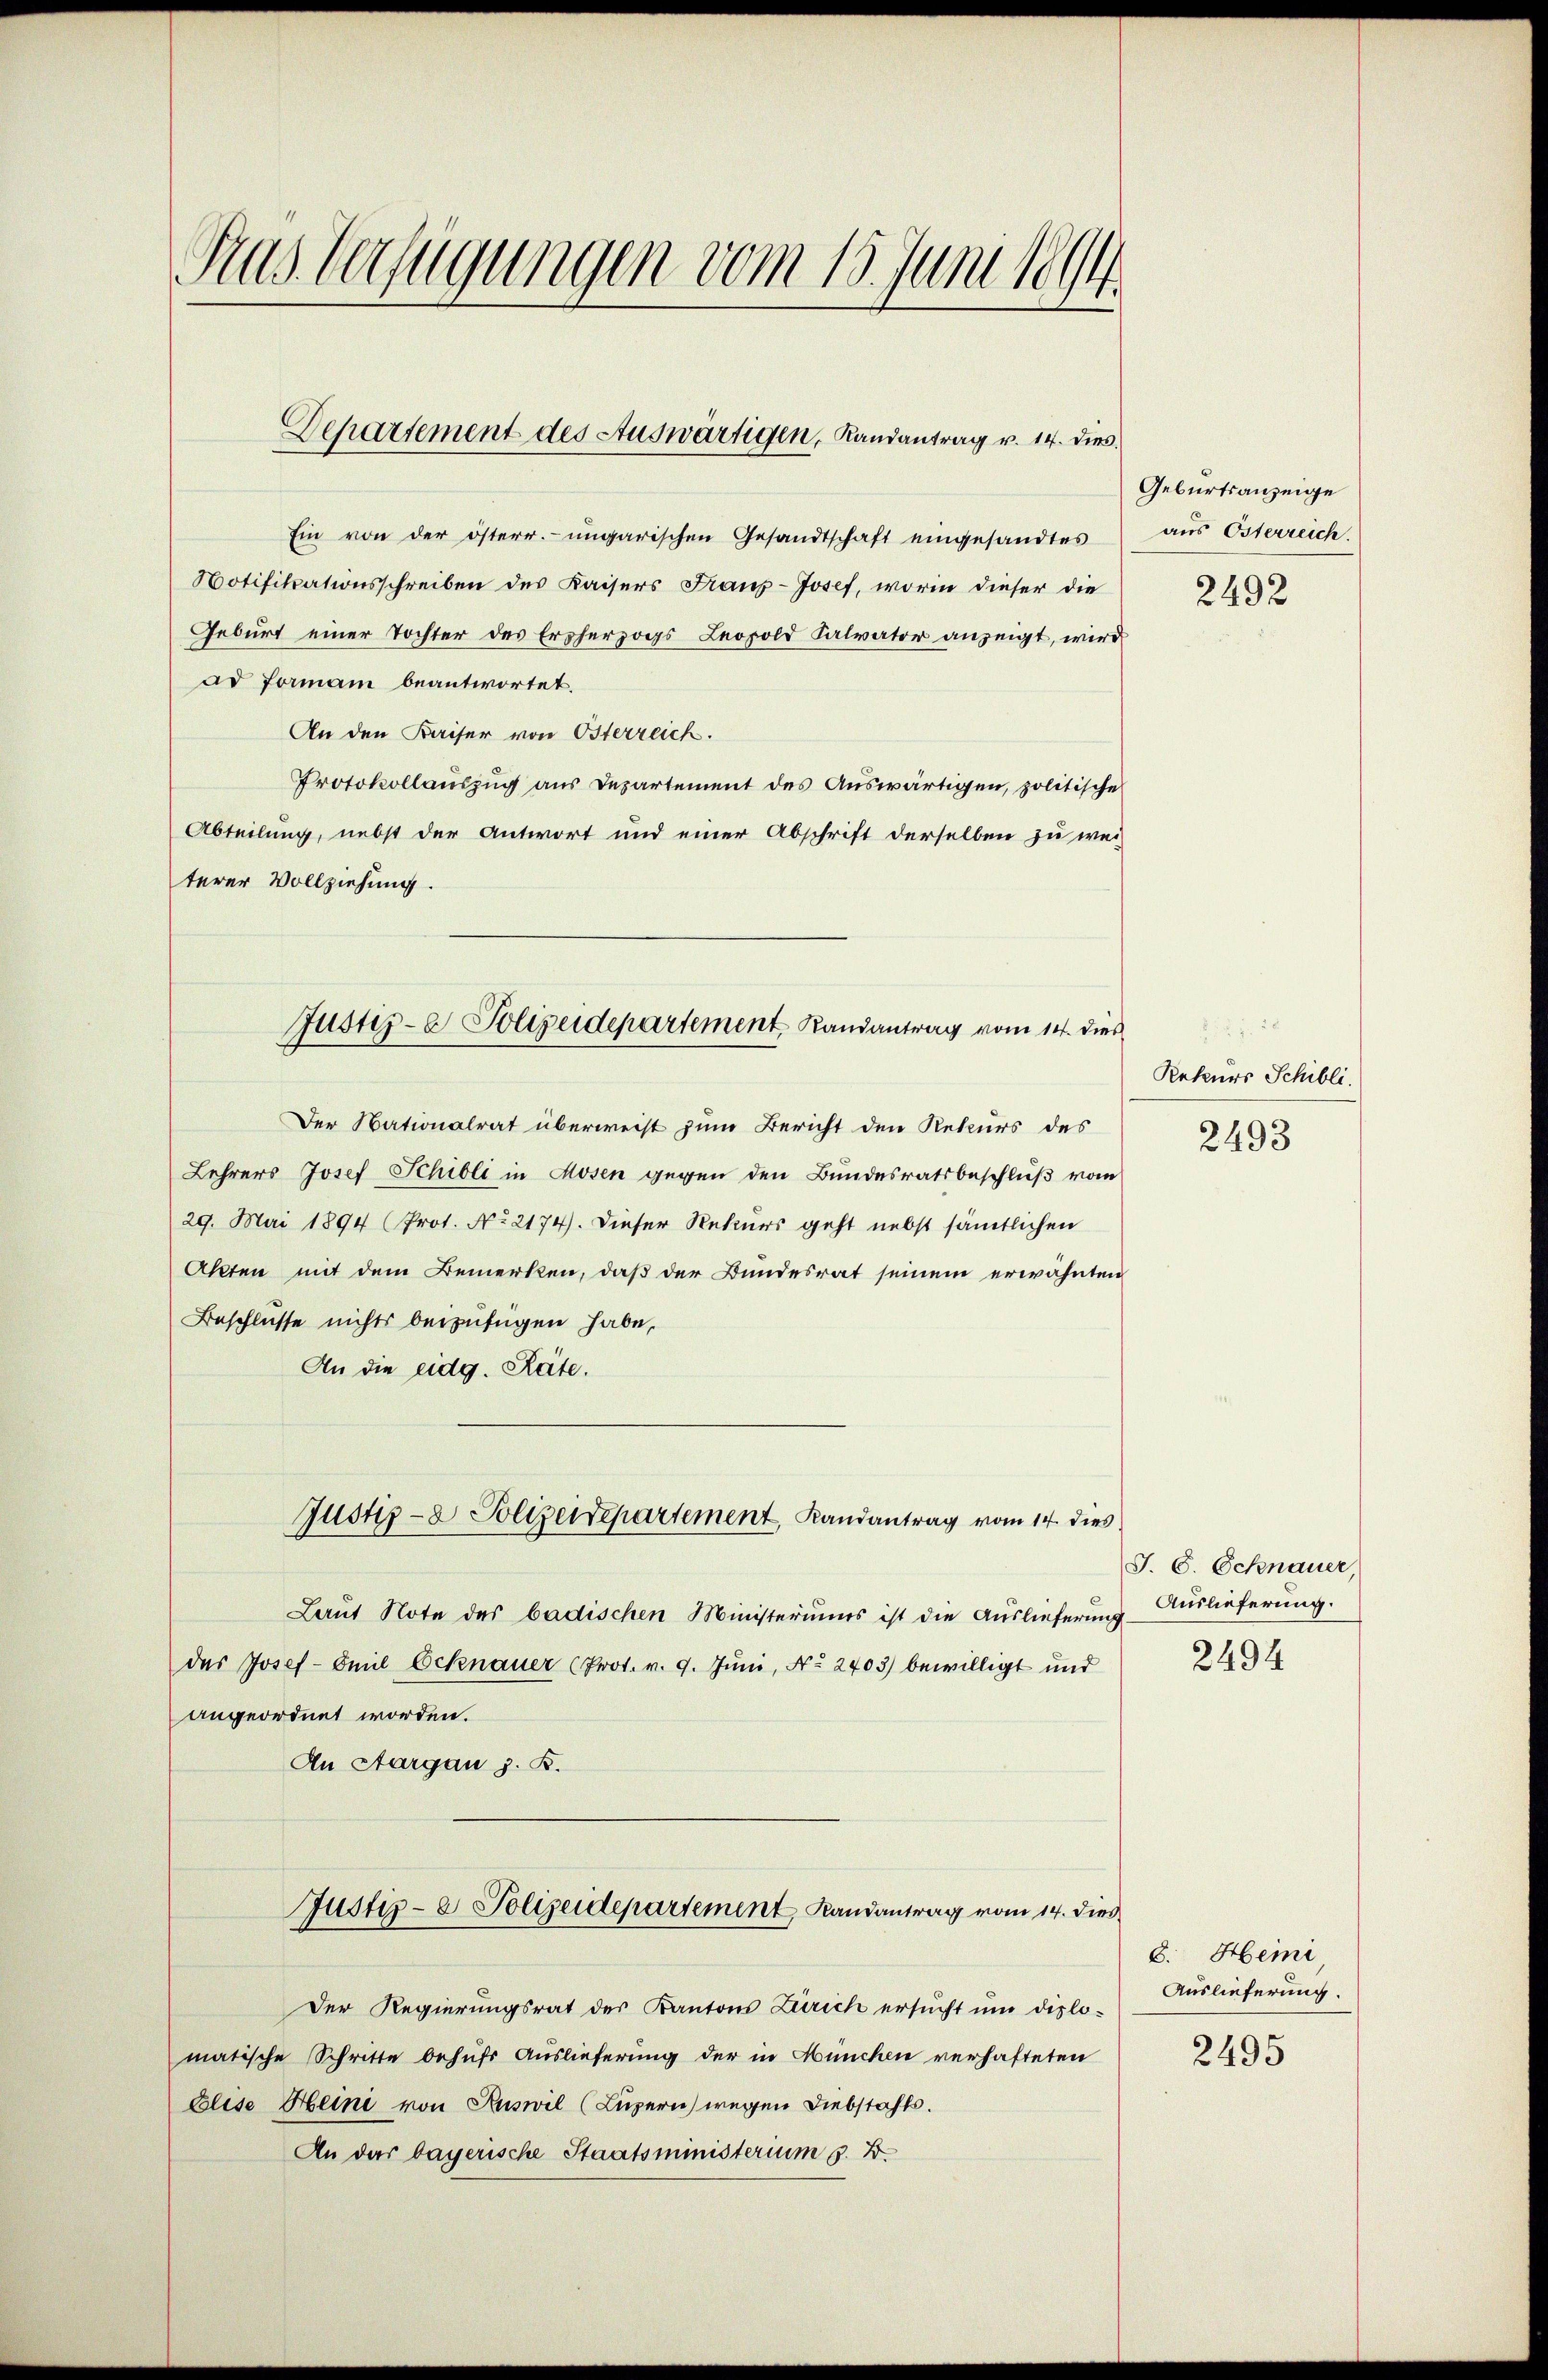
Das Verfügungen vom 15. Juni 1894

Departement des Auswärtigen, Randantrag v. 14. dies

Ein von der österr. ungarischen Gesandtschaft eingesandtes
Notifikationsschreiben des Kaisers Franz-Josef, worin dieser die
Geburt einer Tochter des Ersherzogs Leopold Salvator anzeigt, wird
ad formann beantwortet.
An den Kaiser von Österreich.
Protokollauszug aus Departement des Auswärtigen, politische
Abteilung, nebst der Antwort und einer Abschrift derselben zu weiterer Vollziehung.
Der Nationalrat überweist zum Bericht den Rekurs des
Lehrers Josef Schilli in Mosen gegen den Bundesratsbeschluß vom
29. Mai 1894 (Prot. No 2174). Dieser Rekurs geht nebst sämtlichen
Akten mit dem Bemerken, daß der Bundesrat seinem erwähnte
Beschlüsse nichts beizufügen habe,
An die eidg. Räte.
Justiz- & Polizeidepartement, Landantrag vom 14. dies
Laŭt Note der badischen Ministeriums ist die Auslieferung
des Josef-Emil Ecknauer (Prot. v. 9. Juni, No. 2403) bewilligt und
angeordnet worden.
An Aargau s. B.
Justiz- & Polizeidepartement Randantrag vom 14. dies
Der Regierungsrat der Kantons Zürich ersucht um diplomatische Schritte behufs Auslieferung der in München verhafteten
Elise Heine von Ruswil (Luzern) wegen Diebstahls.
An das bayerische Staatsministerium 5. B.

Justiz- & Polizeidepartement Randantrag vom 14. die

Geburtsanzeige
aus Osterreich.

2492

¬
 28
Rekurs Schibli
2493

J. C. Schnauer,
Auslieferung.
2494

8. Heini
Auslieferung.

2495